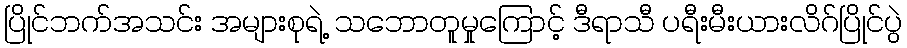
ပြိုင်ဘက်အသင်း အများစုရဲ့ သဘောတူမှုကြောင့် ဒီရာသီ ပရီးမီးယားလိဂ်ပြိုင်ပွဲ